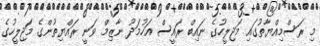
މި ރަސްމިއްޔާތުގައި މަޖިލީހުގެ ނައިބް ރައީސް އަހުމަދު ނާޒިމް ވަނީ ރައްޔިތުންގެ މަޖިލީހުގެ